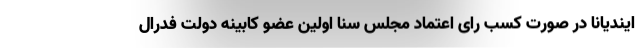
ایندیانا در صورت کسب رای اعتماد مجلس سنا اولین عضو کابینه دولت فدرال